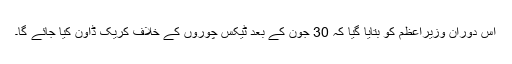
اس دوران وزیراعظم کو بتایا گیا کہ 30 جون کے بعد ٹیکس چوروں کے خلاف کریک ڈاون کیا جائے گا۔